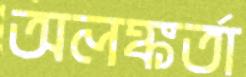
অলঙ্কর্তা